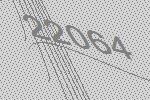
22064